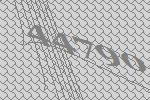
44790